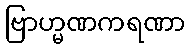
ဗြာဟ္မဏကရဏာ